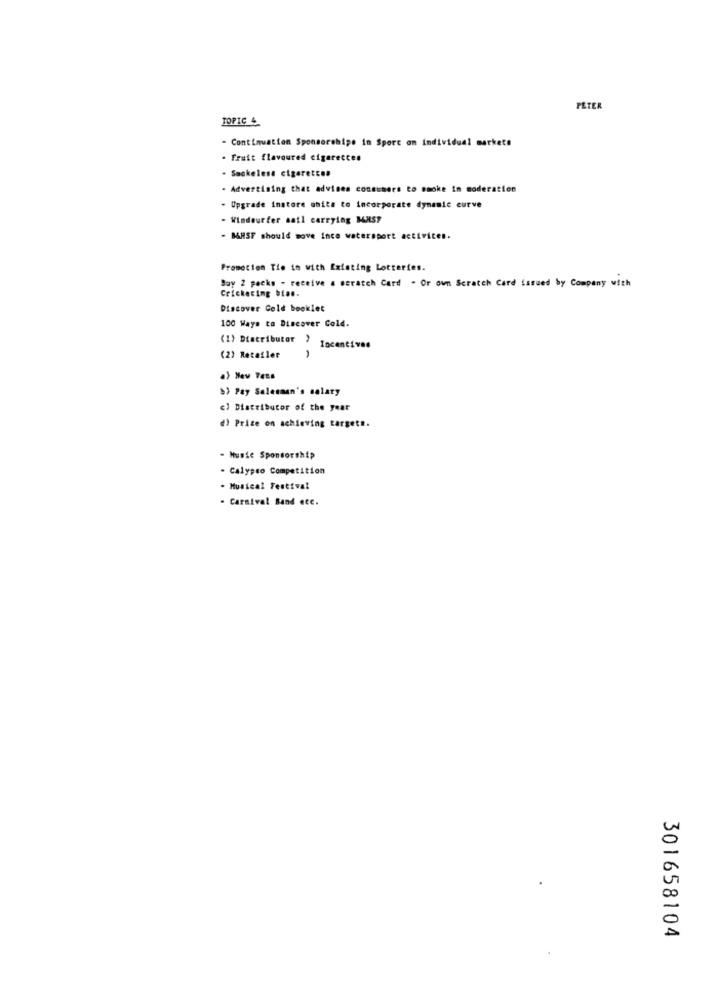
PETER
TOPIC 4
- Continuation Sponsorshipe in Sport on individual markets
· Fruit flavoured cigareccen
- Sackelese cigarettes
- Advertising that advises consumers to smoke in moderation
- Upgrade instore anita to incorporate dynamic curve
. Windsurfer sail carrying MAST
- BARSF should move ince watersport activites.
Promotion Tie io with Existing Lotteries.
Buy 2 packs - receive a scratch Card . Or own Scratch Card issued by Company with
Cricketing bias.
Discover Gold booklet
100 Ways to Discover Cold.
(1) Distributor
Incentives
(2) Retailer
>> Pay Salesman's salaty
c) Distributor of the year
d) Price on achieving targets.
- Muste Sponsorship
- Calypso Competition
- Musical Festival
- Carnival Band ecc.
301658104